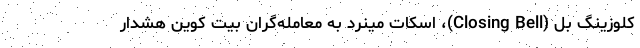
کلوزینگ بِل (Closing Bell)، اسکات مینرد به معامله‌گران بیت کوین هشدار